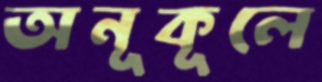
অনূকূলে